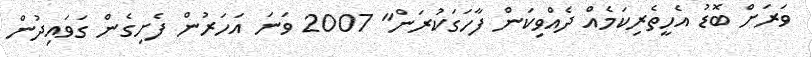
ވަރަށް ބޮޑު އެހީތެރިކަމެއް ދެއްވިކަން ފާހަގަކުރަން" 2007 ވަނަ އަހަރުން ފެށިގެން ގަވައިދުން